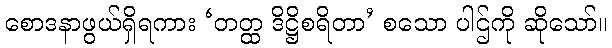
စောဒနာဖွယ်ရှိရကား ‘တတ္ထ ဒိဋ္ဌိစရိတာ’ စသော ပါဌ်ကို ဆိုသော်။